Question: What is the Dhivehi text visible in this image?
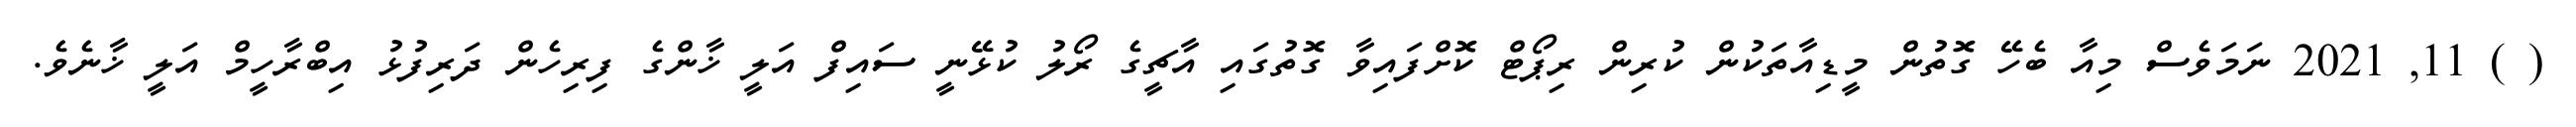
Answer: ( ) 11, 2021 ނަމަވެސް މިއާ ބެހޭ ގޮތުން މީޑިއާތަކުން ކުރިން ރިޕޯޓް ކޮށްފައިވާ ގޮތުގައި އާޗީގެ ރޯލު ކުޅޭނީ ސައިފް އަލީ ޚާންގެ ފިރިހެން ދަރިފުޅު އިބްރާހީމް އަލީ ޚާނެވެ.